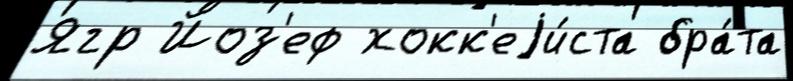
Ягр Йоз'еф хокк'еjи́ста бра́та